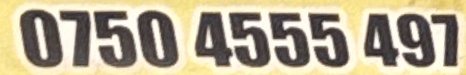
0750 4555 497